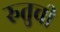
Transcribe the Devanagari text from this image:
रुतुची